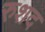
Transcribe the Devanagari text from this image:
रुशद